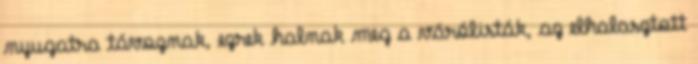
nyugatra távoznak, ezrek halnak meg a várólisták, az elhalasztott